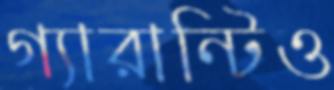
গ্যারান্টিও